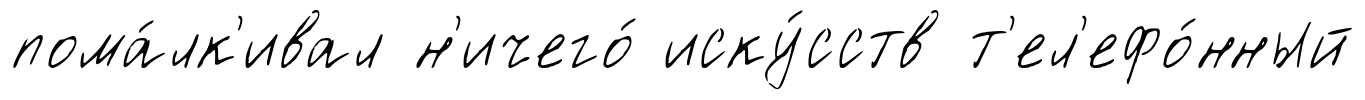
пома́лк'ивал н'ичего́ иску́сств т'ел'ефо́нный